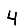
Digit: 4